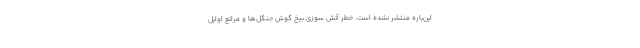
این‌باره منتشر نشده است. خطر آتش ‌سوزی بیخ گوش جنگل‌ها و مراتع اوایل